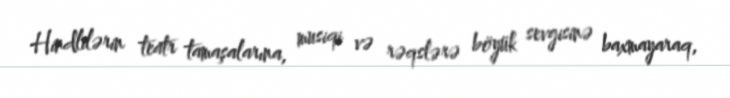
Hindlilərin teatr tamaşalarına, musiqi və rəqslərə böyük sevgisinə baxmayaraq,